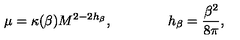
\mu = \kappa ( \beta ) M ^ { 2 - 2 h _ { \beta } } , \qquad \qquad h _ { \beta } = \frac { \beta ^ { 2 } } { 8 \pi } ,